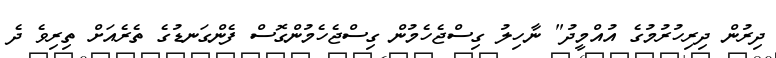
ދިރުން ދިރިހުރުމުގެ އުއްމީދު" ނާހިލު ގިސްޖެހެމުން ގިސްޖެހެމުންގޮސް ފެންގަނޑުގެ ތެރެއަށް ތިރިވެ ދެ